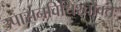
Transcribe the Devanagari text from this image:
उपासनविधिश्चोक्तः